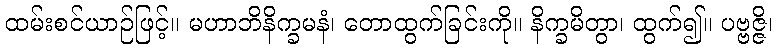
ထမ်းစင်ယာဉ်ဖြင့်။ မဟာဘိနိက္ခမနံ၊ တောထွက်ခြင်းကို။ နိက္ခမိတွာ၊ ထွက်၍။ ပဗ္ဗဇ္ဇိ၊